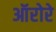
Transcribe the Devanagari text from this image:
ऑरोरे